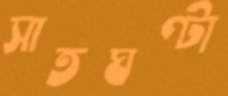
সাতঘণ্টা